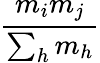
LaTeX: \frac{m_{i}m_{j}}{\sum_{h}m_{h}}